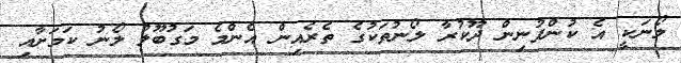
ލޯނަކީ އެ ކުންފުނިން ދޫކުރާ ލޯނުތަކުގެ ތެރެއިން އެންމެ މަގުބޫލު ލޯނު ކަމަށާއި